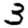
Digit: 3